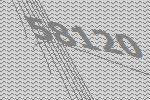
58120